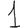
Digit: 1